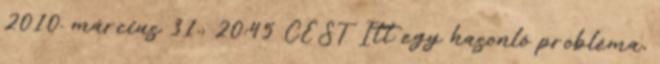
2010. március 31., 20:45 CEST Itt egy hasonló probléma,